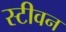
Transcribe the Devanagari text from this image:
स्‍टीवन